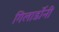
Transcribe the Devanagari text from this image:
गिलार्डोनी